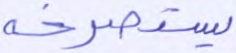
يستصرخه